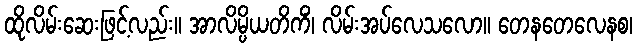
ထိုလိမ်းဆေးဖြင့်လည်း။ အာလိမ္ပိယတိကိံ၊ လိမ်းအပ်လေသလော။ တေနတေလေနစ၊